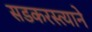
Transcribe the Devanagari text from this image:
सडकरस्त्याने